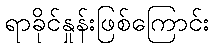
ရာခိုင်နှုန်းဖြစ်ကြောင်း